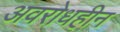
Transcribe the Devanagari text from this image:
अवरोधहीन